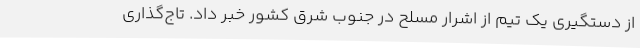
از دستگیری یک تیم از اشرار مسلح در جنوب شرق کشور خبر داد. تاج‌گذاری